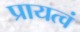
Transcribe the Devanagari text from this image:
प्रायत्वं